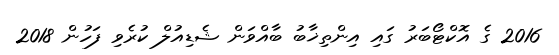
2016 ގެ އޮކްޓޯބަރު ގައި އިންތިޚާބު ބާއްވަން ޝެޑިއުލް ކުރެވި ފަހުން 2018